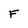
Character: F